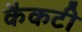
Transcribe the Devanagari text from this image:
कैकटी